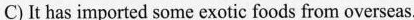
C)It has imported some exotic foods from overseas.